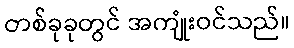
တစ်ခုခုတွင် အကျုံးဝင်သည်။